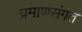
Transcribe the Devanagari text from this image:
प्रमाणसंगत